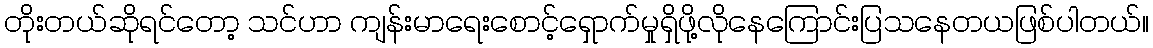
တိုးတယ်ဆိုရင်တော့ သင်ဟာ ကျန်းမာရေးစောင့်ရှောက်မှုရှိဖို့လိုနေကြောင်းပြသနေတယဖြစ်ပါတယ်။